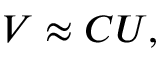
V \approx C U ,